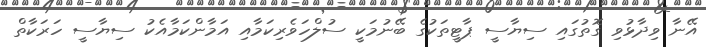
އޭނާ ވިދާޅުވި ގޮތުގައި ސިޔާސީ ޕާޓީތަކުގެ ބޭނުމަކީ ސުލްހަވެރިކަމާއި އަމާންކަމާއެކު ސިޔާސީ ހަރަކާތް